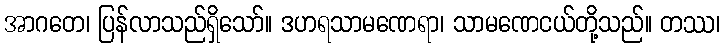
အာဂတေ၊ ပြန်လာသည်ရှိသော်။ ဒဟရသာမဏေရာ၊ သာမဏေငယ်တို့သည်။ တဿ၊